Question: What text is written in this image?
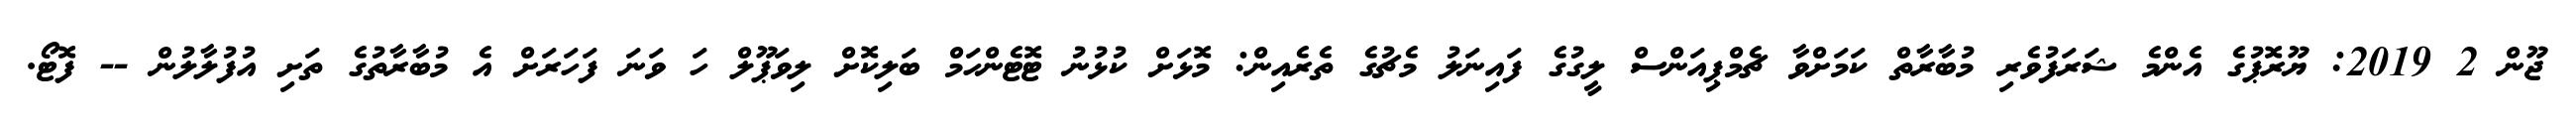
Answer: ޖޫން 2 2019: ޔޫރޮޕުގެ އެންމެ ޝަރަފުވެރި މުބާރާތް ކަމަށްވާ ޗެމްޕިއަންސް ލީގުގެ ފައިނަލު މެޗުގެ ތެރެއިން: މޮޅަށް ކުޅުނު ޓޮޓެންހަމް ބަލިކޮށް ލިވަޕޫލް ހަ ވަނަ ފަހަރަށް އެ މުބާރާތުގެ ތަށި އުފުލާލުން -- ފޮޓޯ.